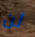
لن